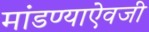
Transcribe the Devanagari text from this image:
मांडण्याऐवजी